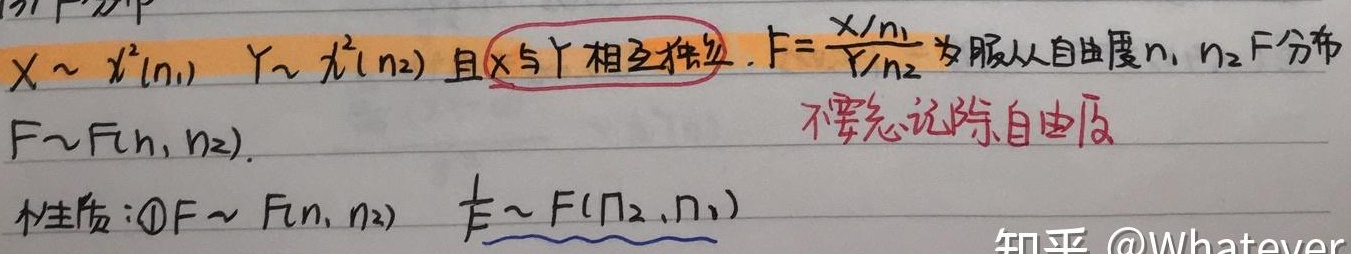
若\(X\sim\chi^{2}(n_{1})\)，\(Y\sim\chi^{2}(n_{2})\)且\(X\)与\(Y\)相互独立，则\(F=\frac{X/n_{1}}{Y/n_{2}}\)服从自由度为\(n_{1},n_{2}\)的\(F\)分布，即\(F\sim F(n_{1},n_{2})\)。

性质：\(\textcircled{1}\)若\(F\sim F(n_{1},n_{2})\)，则\(\frac{1}{F}\sim F(n_{2},n_{1})\)